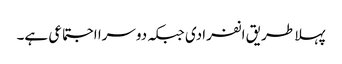
پہلا طریق انفرادی جبکہ دوسرا اجتماعی ہے۔